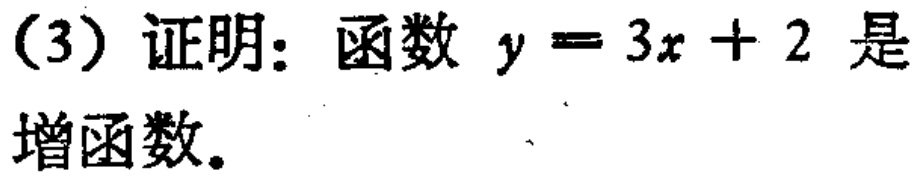
（3）证明：函数 \(y = 3x + 2\) 是增函数。